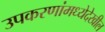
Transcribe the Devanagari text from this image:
उपकरणांमध्येदेखील